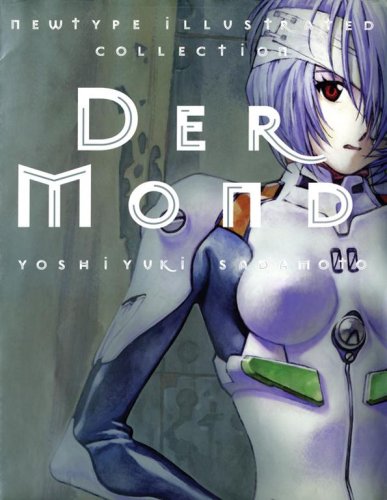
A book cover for Der Mond: The Art of Neon Genesis Evangelion; Comics & Graphic Novels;